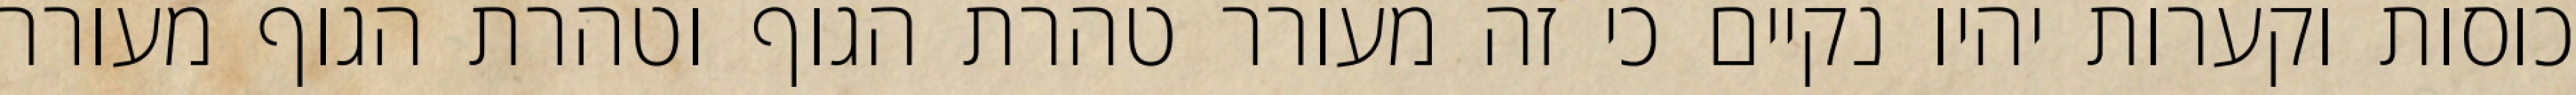
כוסות וקערות יהיו נקיים כי זה מעורר טהרת הגוף וטהרת הגוף מעורר